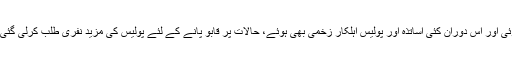
احتجاجی اساتذہ اور وزیراعلیٰ ہاؤس کے قریب موجود پولیس کے مابین شدید جھڑپ ہوئی اور اس دوران کئی اساتذہ اور پولیس اہلکار زخمی بھی ہوئے، حالات پر قابو پانے کے لئے پولیس کی مزید نفری طلب کرلی گئی اور پولیس نے درجنوں اساتذہ کو موبائلوں کے ذریعے قریبی تھانوں میں منتقل کر دیا۔